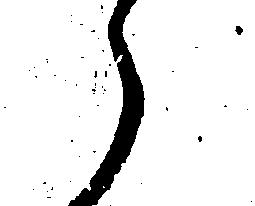
え